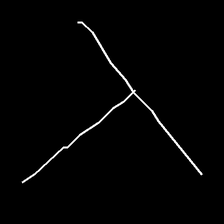
Glyph: column